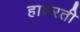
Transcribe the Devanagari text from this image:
हादरती